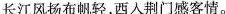
长江风扬布帆轻，西人荆门感客情。